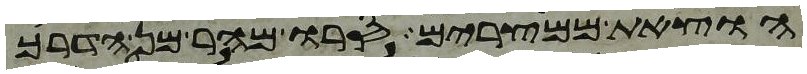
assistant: הוצאת ממצרים סרו מהר מן הדרך